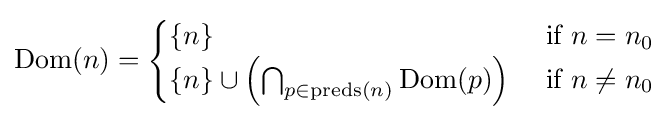
\operatorname {Dom} (n)={\begin{cases}\left\{n\right\}&{\mbox{ if }}n=n_{0}\\\left\{n\right\}\cup \left(\bigcap _{p\in {\text{preds}}(n)}^{}\operatorname {Dom} (p)\right)&{\mbox{ if }}n\neq n_{0}\end{cases}}